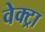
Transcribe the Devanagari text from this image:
वेक्ट्रा